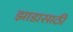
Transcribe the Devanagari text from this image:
झाडासाठी